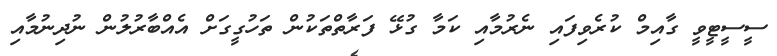
ސީސީޓީވީ ގާއިމް ކުރެވިފައި ނެރުމާއި ކަމާ ގުޅޭ ފަރާތްތަކުން ތަހުގީގަށް އެއްބާރުލުން ނުދިނުމާއި